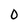
Character: 0